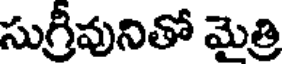
సుగ్రీవునితో మైత్రి